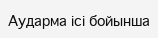
Аударма ісі бойынша